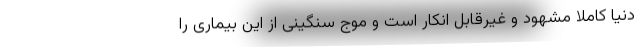
دنیا کاملاً مشهود و غیرقابل انکار است و موج سنگینی از این بیماری را